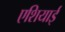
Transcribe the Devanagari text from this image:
एशियाई